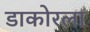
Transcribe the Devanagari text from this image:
डाकोरला